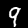
Digit: 9